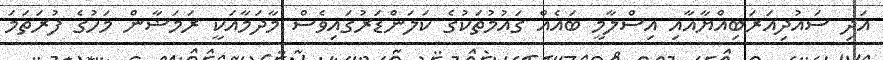
އަދި ސައުދިއަރަބިއްޔާއާއި އިސްލާމީ ބައެއް ގައުމުތަކުގެ ކަލަންޑަރުގައިވެސް މާދަމާއަކީ ރަމަޟާން މަހުގެ ފުރަތަމަ